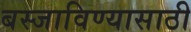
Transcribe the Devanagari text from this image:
बस्जाविण्यासाठी